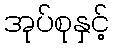
အုပ်စုနှင့်